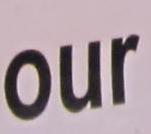
our